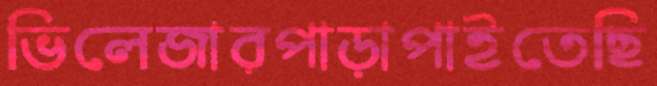
ভিলেজারপাড়াপাইতেছি